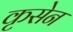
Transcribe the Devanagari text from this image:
कृसेन